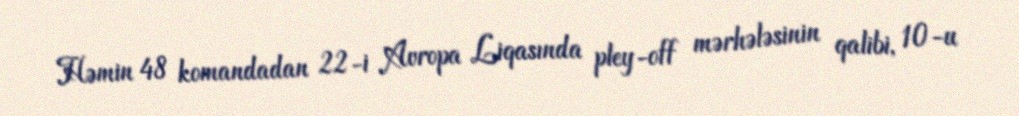
Həmin 48 komandadan 22-i Avropa Liqasında pley-off mərhələsinin qalibi, 10-u